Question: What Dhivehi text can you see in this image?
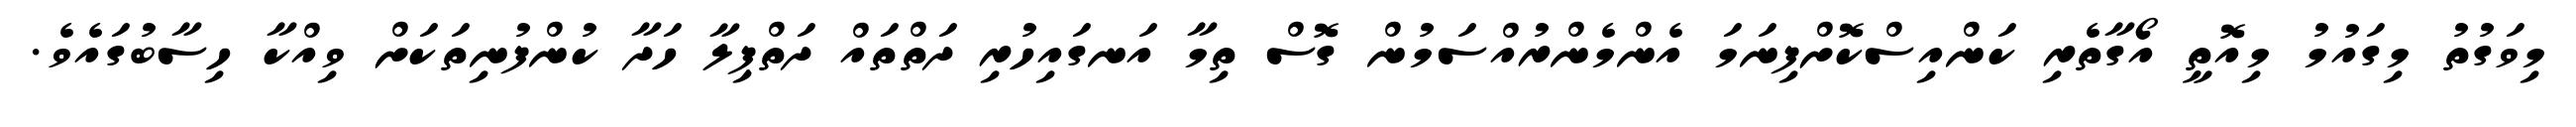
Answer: މިވަގުތު މިގައުމު މިއޮތީ އޯގާތެރި ކަންއިސްކޮށްފިނަމަ އެންމެންރުއްސަމުން ގޮސް ތިމާ އަނގައިހުރި ދަތްތައް ދަތްޕިލާ ހަދާ ކުންފުނިތަކަށް ވިއްކާ ހިސާބުގައެވެ.